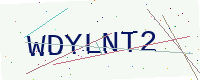
Text: WDYLNT2